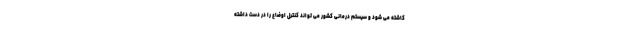
کاشته می شود و سیستم درمانی کشور می تواند کنترل اوضاع را در دست داشته